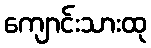
ကျောင်းသားထု